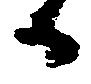
日